King Institute of Preventive Medicine Bacteriolog. Section reports 1907-08
Year: 1907
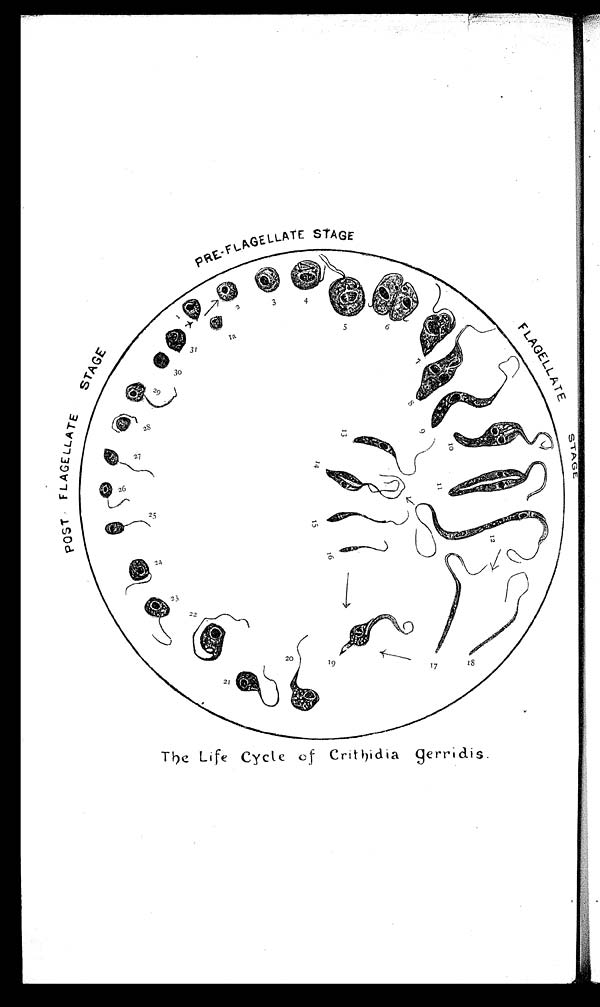
The Life Cycle o f Crithidia gerridis.